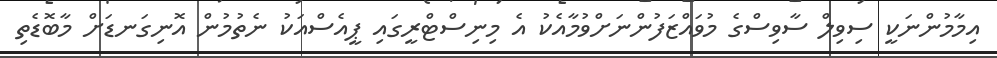
އިމާމުންނަކީ ސިވިލް ސާވިސްގެ މުވައްޒަފުންނަށްވުމާއެކު އެ މިނިސްޓްރީގައި ޕީއެސްއަކު ނެތުމުން އޮނިގަނޑަށް މާބޮޑެތި